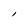
Character: l